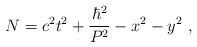
\begin{align*}N = c^2t^2 + \frac{\hbar^2}{P^2} - x^2 - y^2 ~,\end{align*}